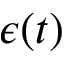
\epsilon ( t )